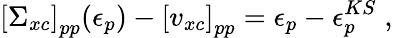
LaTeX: \left[\Sigma_{xc}\right]_{pp}(\epsilon_{p})-\left[v_{xc}\right]_{pp}=\epsilon_{p}-\epsilon_{p}^{KS}\; ,